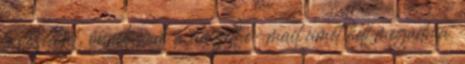
bevezetőjét, önnek csak a címzett e-mail címét kell megadnia.